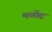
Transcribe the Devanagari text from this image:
मच्छेंद्र